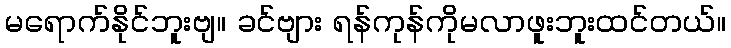
မရောက်နိုင်ဘူးဗျ။ ခင်ဗျား ရန်ကုန်ကိုမလာဖူးဘူးထင်တယ်။